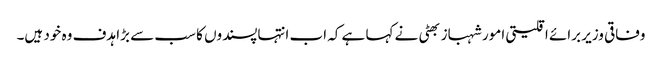
وفاقی وزیر برائے اقلیتی امور شہباز بھٹی نے کہا ہے کہ اب انتہاپسندوں کا سب سے بڑا ہدف وہ خود ہیں۔